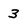
Character: 3